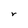
Character: r